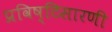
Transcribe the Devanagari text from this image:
प्रविष्टिसारणी